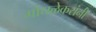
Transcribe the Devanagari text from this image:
गोंधळेकरांनी